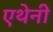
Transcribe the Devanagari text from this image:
एथेनी